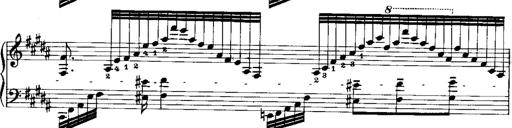
Title: RÃ©miniscences de Norma de Bellini
Composer: Franz Liszt